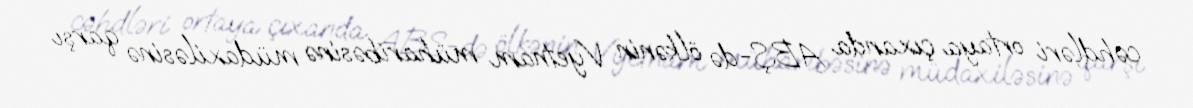
cəhdləri ortaya çıxanda ABŞ-də ölkənin Vyetnam müharibəsinə müdaxiləsinə qarşı